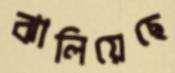
ঝালিয়েছে